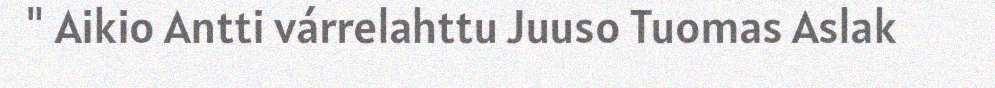
" Aikio Antti várrelahttu Juuso Tuomas Aslak